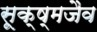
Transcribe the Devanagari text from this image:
सूक्ष्मजैव